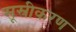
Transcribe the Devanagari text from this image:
सूस्रीकरण